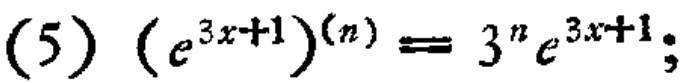
\((5)\ (e^{3x + 1})^{(n)} = 3^{n}e^{3x + 1};\)